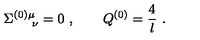
\Sigma _ { \quad \ \nu } ^ { ( 0 ) \mu } = 0 \ , \qquad Q ^ { ( 0 ) } = { \frac { 4 } { l } } \ .